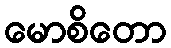
မောစိတော